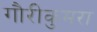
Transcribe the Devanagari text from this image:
गौरीकुमरा